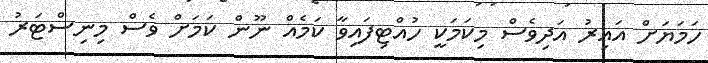
ހަމަޔަށް އައިރު އަދިވެސް މިކަމަކީ ހުއްޓިފައިވާ ކަމެއް ނޫން ކަމަށް ވެސް މިނިސްޓަރު